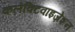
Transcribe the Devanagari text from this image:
कलेक्टिवाइज़ेशन